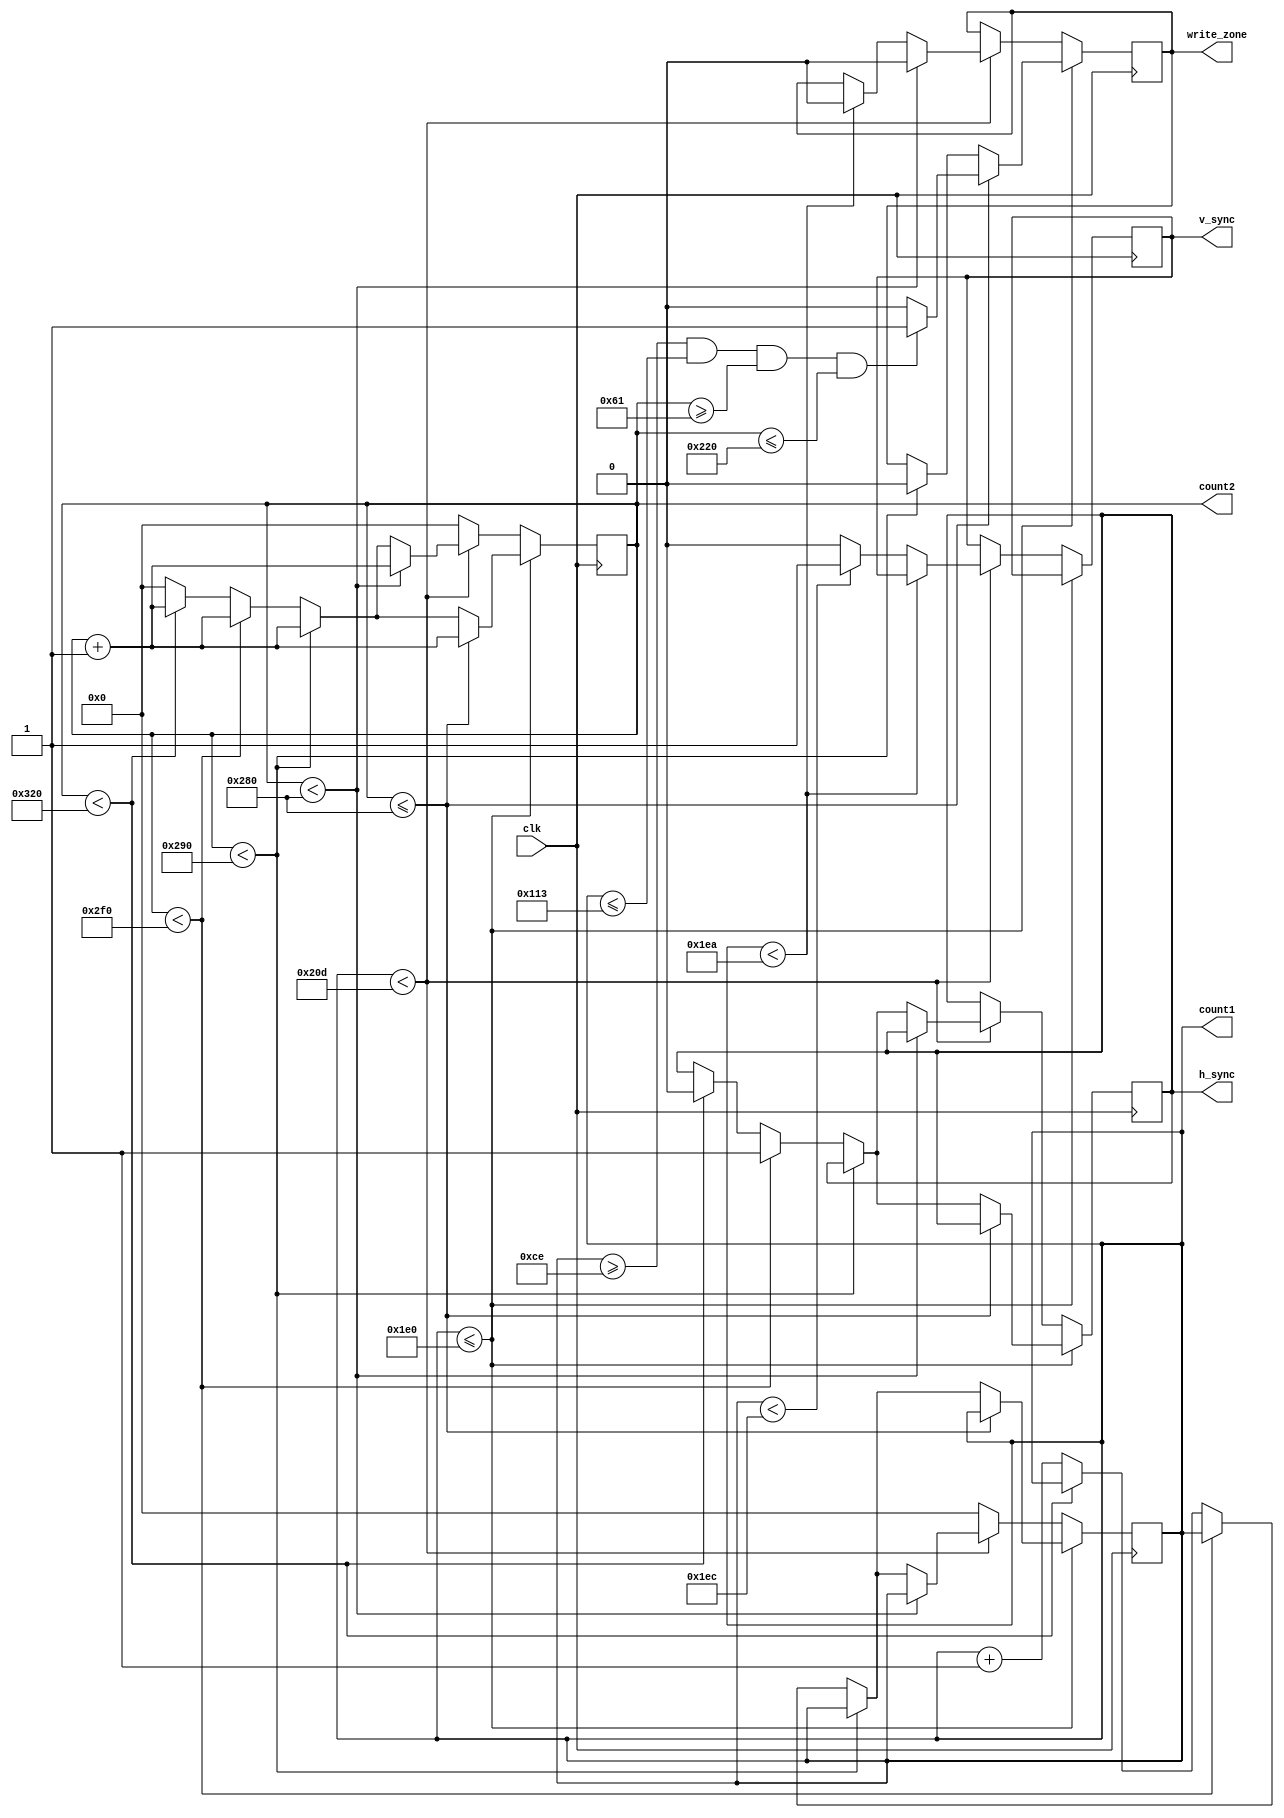
module VGA_controller (clk, write_zone, count1, count2, h_sync, v_sync);

    input clk;
	 
    output reg write_zone = 0, h_sync='b0, v_sync='b0;
    output reg [9:0] count1=0; //vertical counter
    output reg [9:0] count2=0; //horizontal counter
	 
	 parameter horizontal_resolution = 640;
	 parameter vertical_resolution = 480;

	 parameter start_horizontal_write = 97;
	 parameter finish_horizontal_write = 544;
	 parameter start_vertical_write = 206;
	 parameter finish_vertical_write = 275;

    
    always @(posedge clk) begin
        if (count1 <= vertical_resolution) begin //vertical part of the display
            if (count2 <= horizontal_resolution) begin //horizontal part of the display
                if (count1 >= start_vertical_write && count1 <= finish_vertical_write && count2 >= start_horizontal_write && count2 <= finish_horizontal_write) begin //zona de escritura del numero, cada numero sera de 42 de ancho por 70 de alto
                    write_zone = 'b1;
                end
                else begin
                    write_zone = 'b0;
                end
                count2 = count2 + 1;
            end
            //blank space horizontal
            else if (count2 < 656) begin 
                write_zone = 'b0;
                count2 = count2 + 1;
            end

            else if (count2 < 752) begin
                h_sync = 1;
                count2 = count2 + 1;
            end
            else if (count2 < 800) begin
                h_sync = 0;
                count2 = count2 + 1;
            end
            else begin
                count1 = count1 + 1;
                count2 = 0;
            end
        end
        else if (count1 < 525) begin
            //
            //vertical blank space
            //
            if (count1 < 490) begin
                write_zone = 'b0;
            end
            else if (count1 < 492) begin
                v_sync = 1;
            end
            else if (count1 < 525)begin
                v_sync = 0;
            end
            //
            //h_sync while in vertical blank space
            //
            if (count2 < 640) begin
                write_zone = 'b0;
                count2 = count2 + 1;
            end
            else if (count2 < 656)
                count2 = count2 + 1;

            else if (count2 < 752) begin
                h_sync = 1;
                count2 = count2 + 1;
            end
            else if (count2 < 800) begin
                h_sync = 0;
                count2 = count2 + 1;
            end
            else begin
                count1 = count1 + 1;
                count2 = 0;
            end
        end
        //finish vertical blank space
        else begin
            count1 = 0;
            count2 = 0;
        end
    end

endmodule